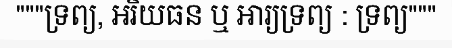
"""ទ្រព្យ, អរិយធន ឬ អារ្យទ្រព្យ : ទ្រព្យ"""